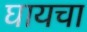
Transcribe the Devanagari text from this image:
घायचा